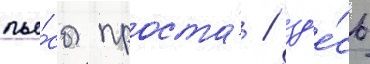
пье́сы проста́ / зд'е́сь